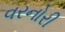
વરનોરી